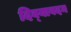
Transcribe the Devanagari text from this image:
दिव्‍यावदन